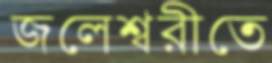
জলেশ্বরীতে